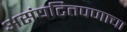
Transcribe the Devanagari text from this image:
असंघटितपणाचा